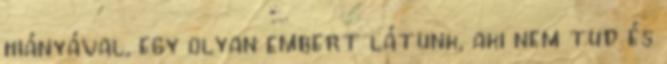
hiányával, egy olyan embert látunk, aki nem tud és